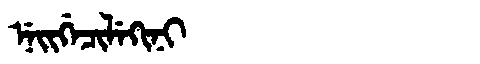
Manchu: ᠨᡝᡳᡤᡝᠴᡳᠯᡝᡴᡳᠨᡳ
Romanization: NEIGECILEKINI